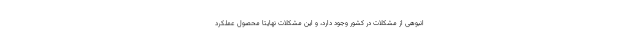
انبوهی از مشکلات در کشور وجود دارد، و این مشکلات نهایتا محصول عملکرد